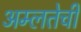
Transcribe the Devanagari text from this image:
अम्लतेची